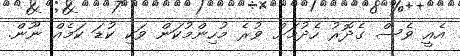
އެއީ ވެސް ގެދޮރު ހެދުމަށް ވުރެ މުހިންމުކަން ވަކި ކުޑަ ކަމެއް ނޫން.